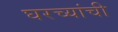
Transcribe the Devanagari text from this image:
घरच्‍यांची